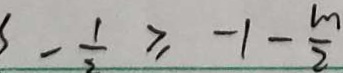
- \frac { 1 } { 2 } \geq - 1 - \frac { m } { 2 }